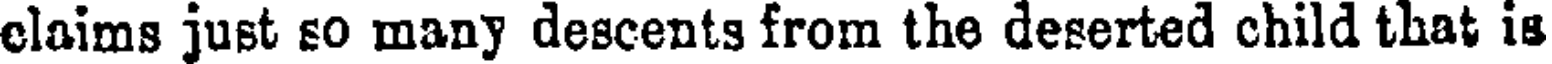
claims just so many descents from the deserted child that is